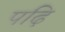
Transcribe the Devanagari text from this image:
पढ़ि